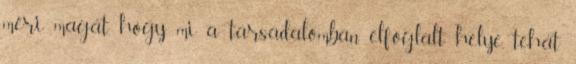
méri magát, hogy mi a társadalomban elfoglalt helye, tehát